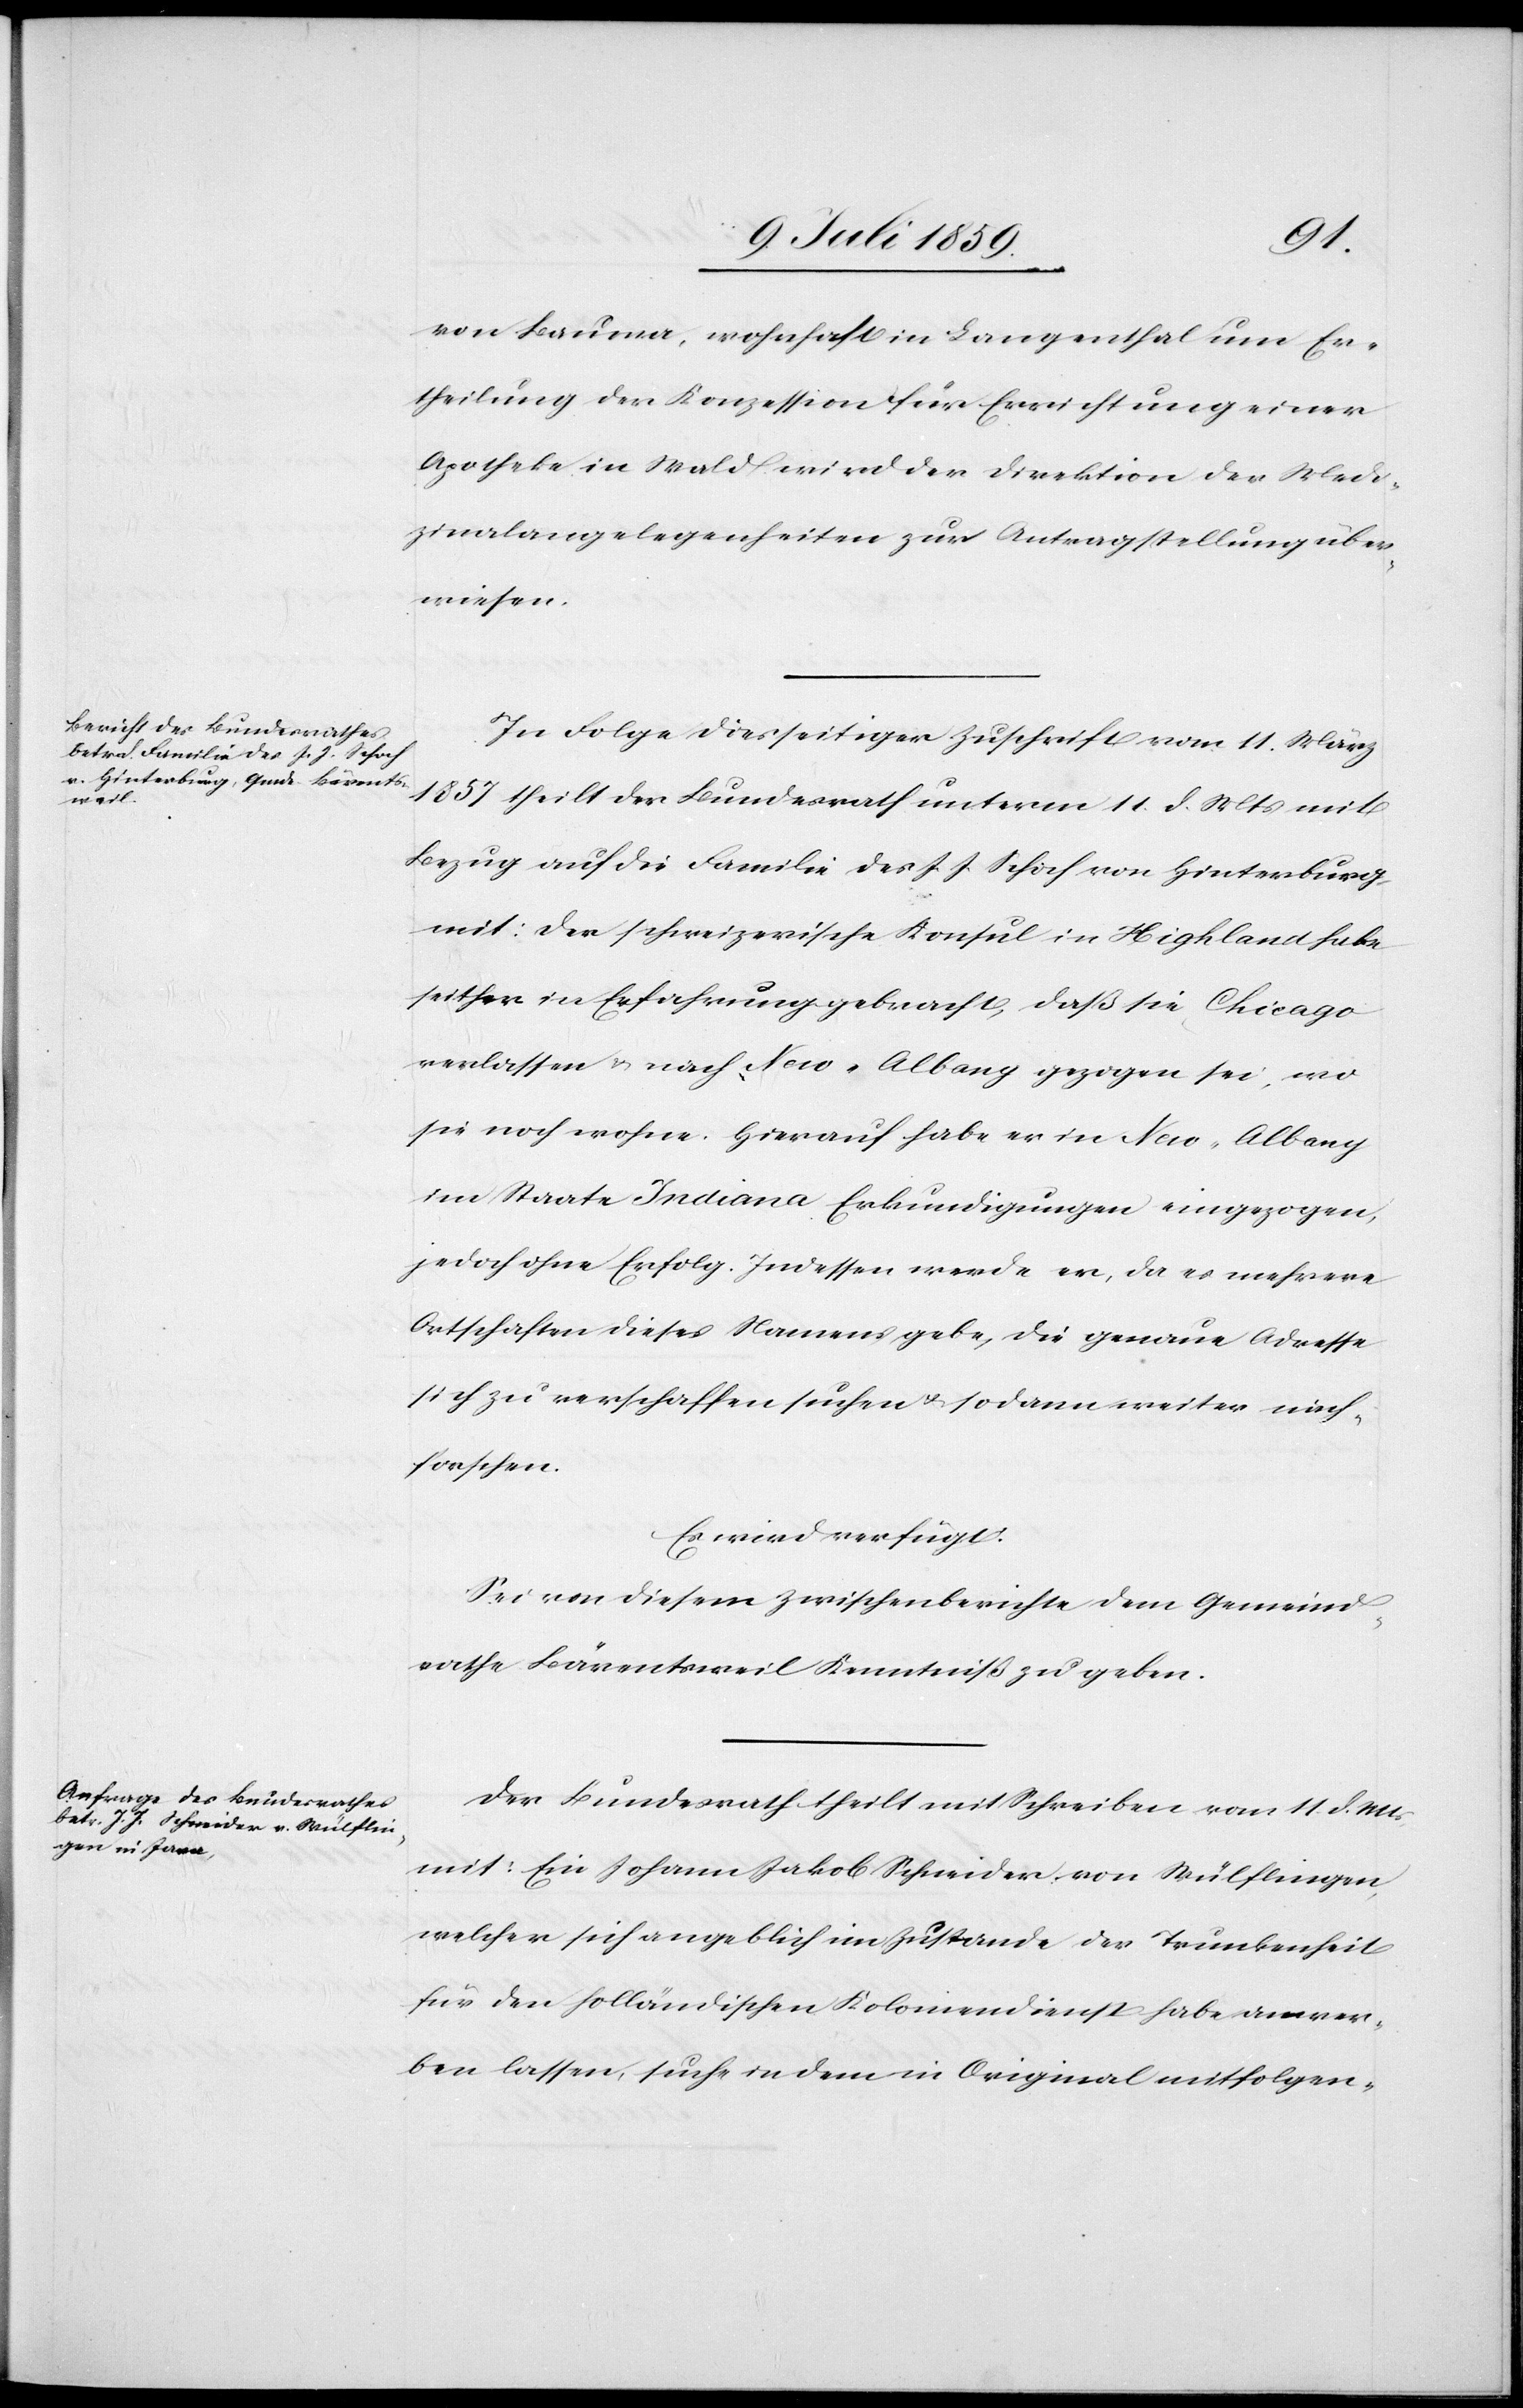
14. Juli 1859.]
von Bauma, wohnhaft in Langenthal um Er¬
theilung der Konzession für Errichtung einer
Apotheke in Wald wird der Direktion der Medi¬
zinalangelegenheiten zur Antragstellung über¬
wiesen.
In Folge diesseitiger Zuschrift vom 11. März
1857 theilt der Bundesrath unterm 11. d. Mts. mit
Bezug auf die Familie des J. J. Schoch von Hinterburg
mit: Der schweizerische Konsul in Highland habe
seither in Erfahrung gebracht, daß sie Chicago
verlassen u. nach New-Albany gezogen sei, wo
sie noch wohne. Hierauf habe er in New-Albany
im Staate Indiana Erkundigungen eingezogen,
jedoch ohne Erfolg. Indessen werde er, da es mehrere
Ortschaften dieses Namens gebe, die genaue Adresse
sich zu verschaffen suchen u. sodann weiter nach¬
forschen.
Es wird verfügt:
Sei von diesem Zwischenberichte dem Gemeind¬
rathe Bärentsweil Kenntniß zu geben.
Der Bundesrath theilt mit Schreiben vom 11. d. Mts.
mit: Ein Johann Jakob Schneider von Wülflingen,
welcher sich angeblich im Zustande der Trunkenheit
für den holländischen Koloniendienst habe anwer¬
ben lassen, suche in dem in Original mitfolgen-